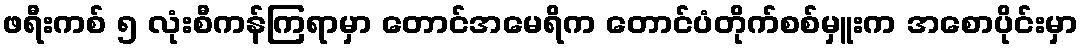
ဖရီးကစ် ၅ လုံးစီကန်ကြရာမှာ တောင်အမေရိက တောင်ပံတိုက်စစ်မှူးက အစောပိုင်းမှာ